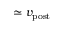
\simeq v _ { \mathrm { p o s t } }